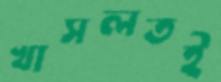
খাসলতই